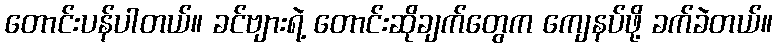
တောင်းပန်ပါတယ်။ ခင်ဗျားရဲ့ တောင်းဆိုချက်တွေက ကျေနပ်ဖို့ ခက်ခဲတယ်။